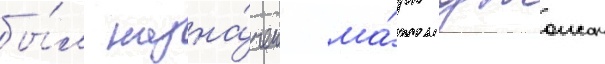
бы́л назна́чен ма́рк джонсон